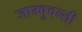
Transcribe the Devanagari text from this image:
जाम्बुवन्ती